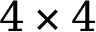
4 \times 4